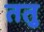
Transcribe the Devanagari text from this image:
ततु